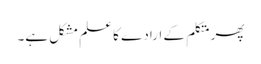
پھر متکلم کے ارادے کا علم مشکل ہے۔